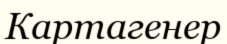
Картагенер